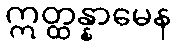
ဣတ္ထန္နာမေန